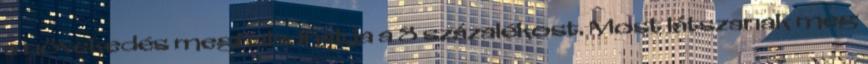
a növekedés meghaladhatja a 8 százalékost. Most látszanak meg